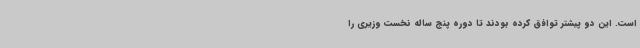
است. این دو پیشتر توافق کرده بودند تا دوره پنج ساله نخست وزیری را